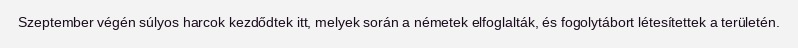
Szeptember végén súlyos harcok kezdődtek itt, melyek során a németek elfoglalták, és fogolytábort létesítettek a területén.